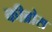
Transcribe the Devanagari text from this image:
कीब्रोस